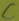
Text: C